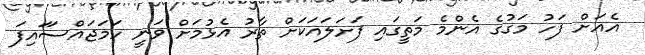
އެއަށް ފަހު މަގުގެ އެންމެ މަތީގައި ފަށަލައަކަށް ތާރު އެޅުމަށް ވަނީ ހަމަޖައްސަައިފަ